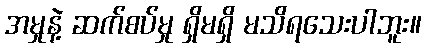
အမှုနဲ့ ဆက်စပ်မှု ရှိမရှိ မသိရသေးပါဘူး။